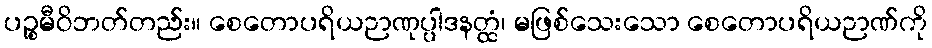
ပဉ္စမီဝိဘတ်တည်း။ စေတောပရိယဉာဏုပ္ပါဒနတ္ထံ၊ မဖြစ်သေးသော စေတောပရိယဉာဏ်ကို